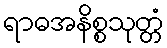
ရာဓအနိစ္စသုတ္တံ